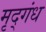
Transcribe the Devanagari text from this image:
मृद्‌गंध